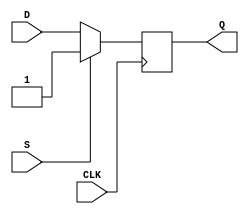
module dff_set (
    input wire D,
    input wire CLK,
    input wire S,
    output reg Q
);

always @ (posedge CLK) begin
    if (S) begin
        Q <= 1'b1;
    end else begin
        Q <= D;
    end
end

endmodule